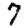
Digit: 7